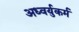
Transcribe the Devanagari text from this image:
अध्वर्युकर्म